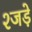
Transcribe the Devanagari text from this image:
श्जड़े